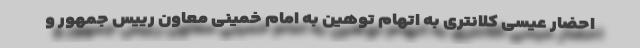
احضار عیسی کلانتری به اتهام توهین به امام خمینی معاون رییس جمهور و